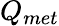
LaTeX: Q_{met}